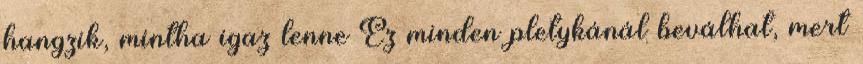
hangzik, mintha igaz lenne Ez minden pletykánál beválhat, mert